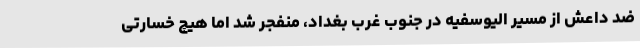
ضد داعش از مسیر الیوسفیه در جنوب غرب بغداد، منفجر شد اما هیچ خسارتی